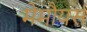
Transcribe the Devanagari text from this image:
मेमौयर्स